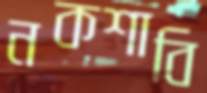
নকশাবি